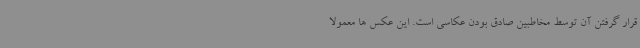
قرار گرفتن آن توسط مخاطبین صادق بودن عکاسی است. این عکس ها معمولا